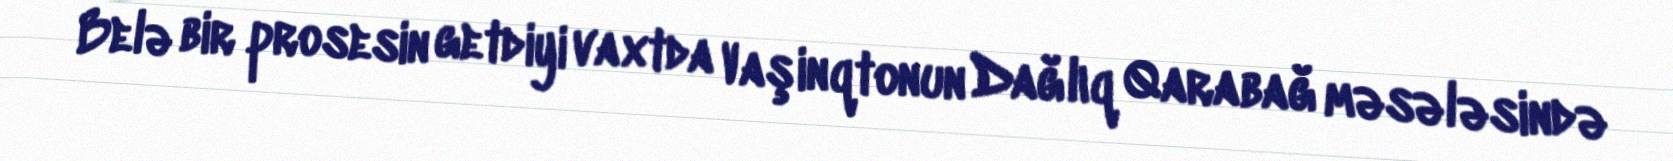
Belə bir prosesin getdiyi vaxtda Vaşinqtonun Dağlıq Qarabağ məsələsində